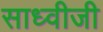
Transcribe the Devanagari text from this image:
साध्वीजी